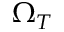
\Omega _ { T }